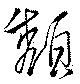
頽